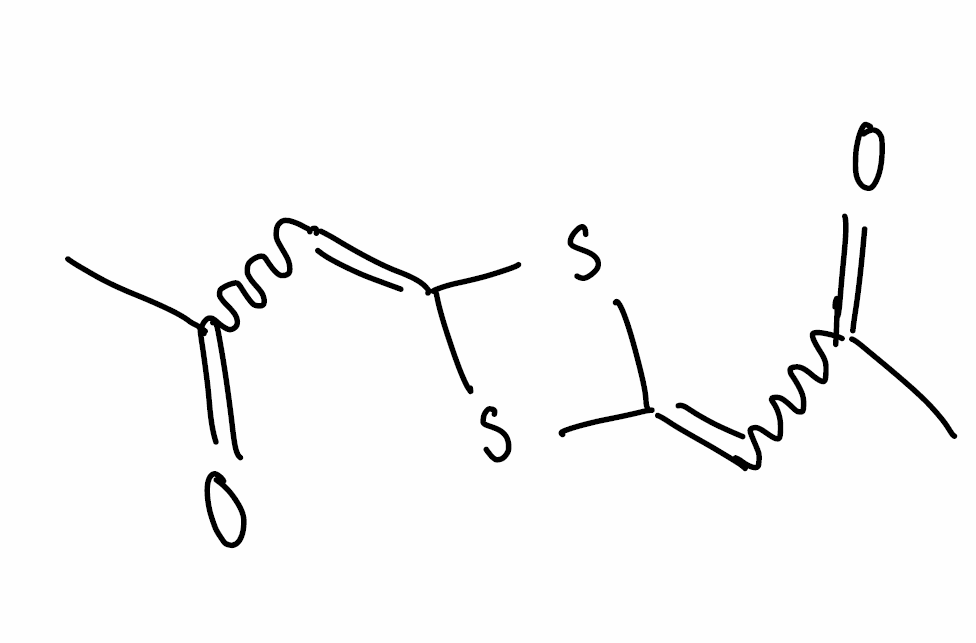
Simplified molecular-input line-entry system (SMILES) notation of the given molecule:
CC(=O)C=C1SC(=CC(=O)C)S1